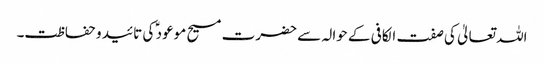
اللہ تعالیٰ کی صفت الکافی کے حوالہ سے حضرت مسیح موعود ؑ کی تائید و حفاظت۔